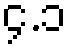
၄.၁